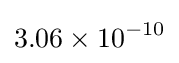
3.06\times 10^{-10}